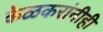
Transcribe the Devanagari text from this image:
केळकरांनीही